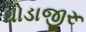
ઘોડાજીરૂ